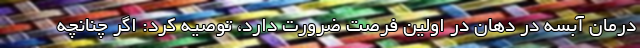
درمان آبسه در دهان در اولین فرصت ضرورت دارد، توصیه کرد: اگر چنانچه